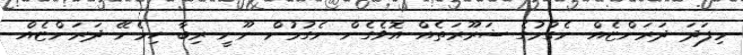
މިފަދަ ދަރަންޏެއް ނެގުމުގެ ޟަރޫރަތެއް އޮވެގެން ނެގުމުން ނޫނީ ރިބާ ހިމެނޭ ދަރަންޏެއް